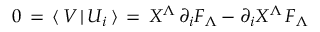
0 \, = \, \langle \, V \, \vert \, U _ { i } \, \rangle \, = \, X ^ { \Lambda } \, \partial _ { i } F _ { \Lambda } - \partial _ { i } X ^ { \Lambda } \, F _ { \Lambda }